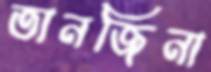
তানজিনা